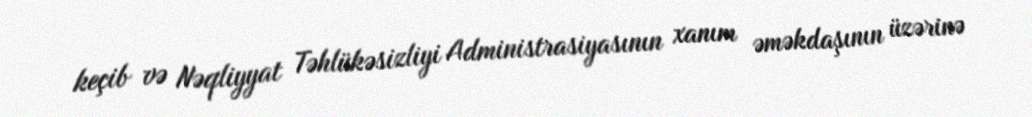
keçib və Nəqliyyat Təhlükəsizliyi Administrasiyasının xanım əməkdaşının üzərinə